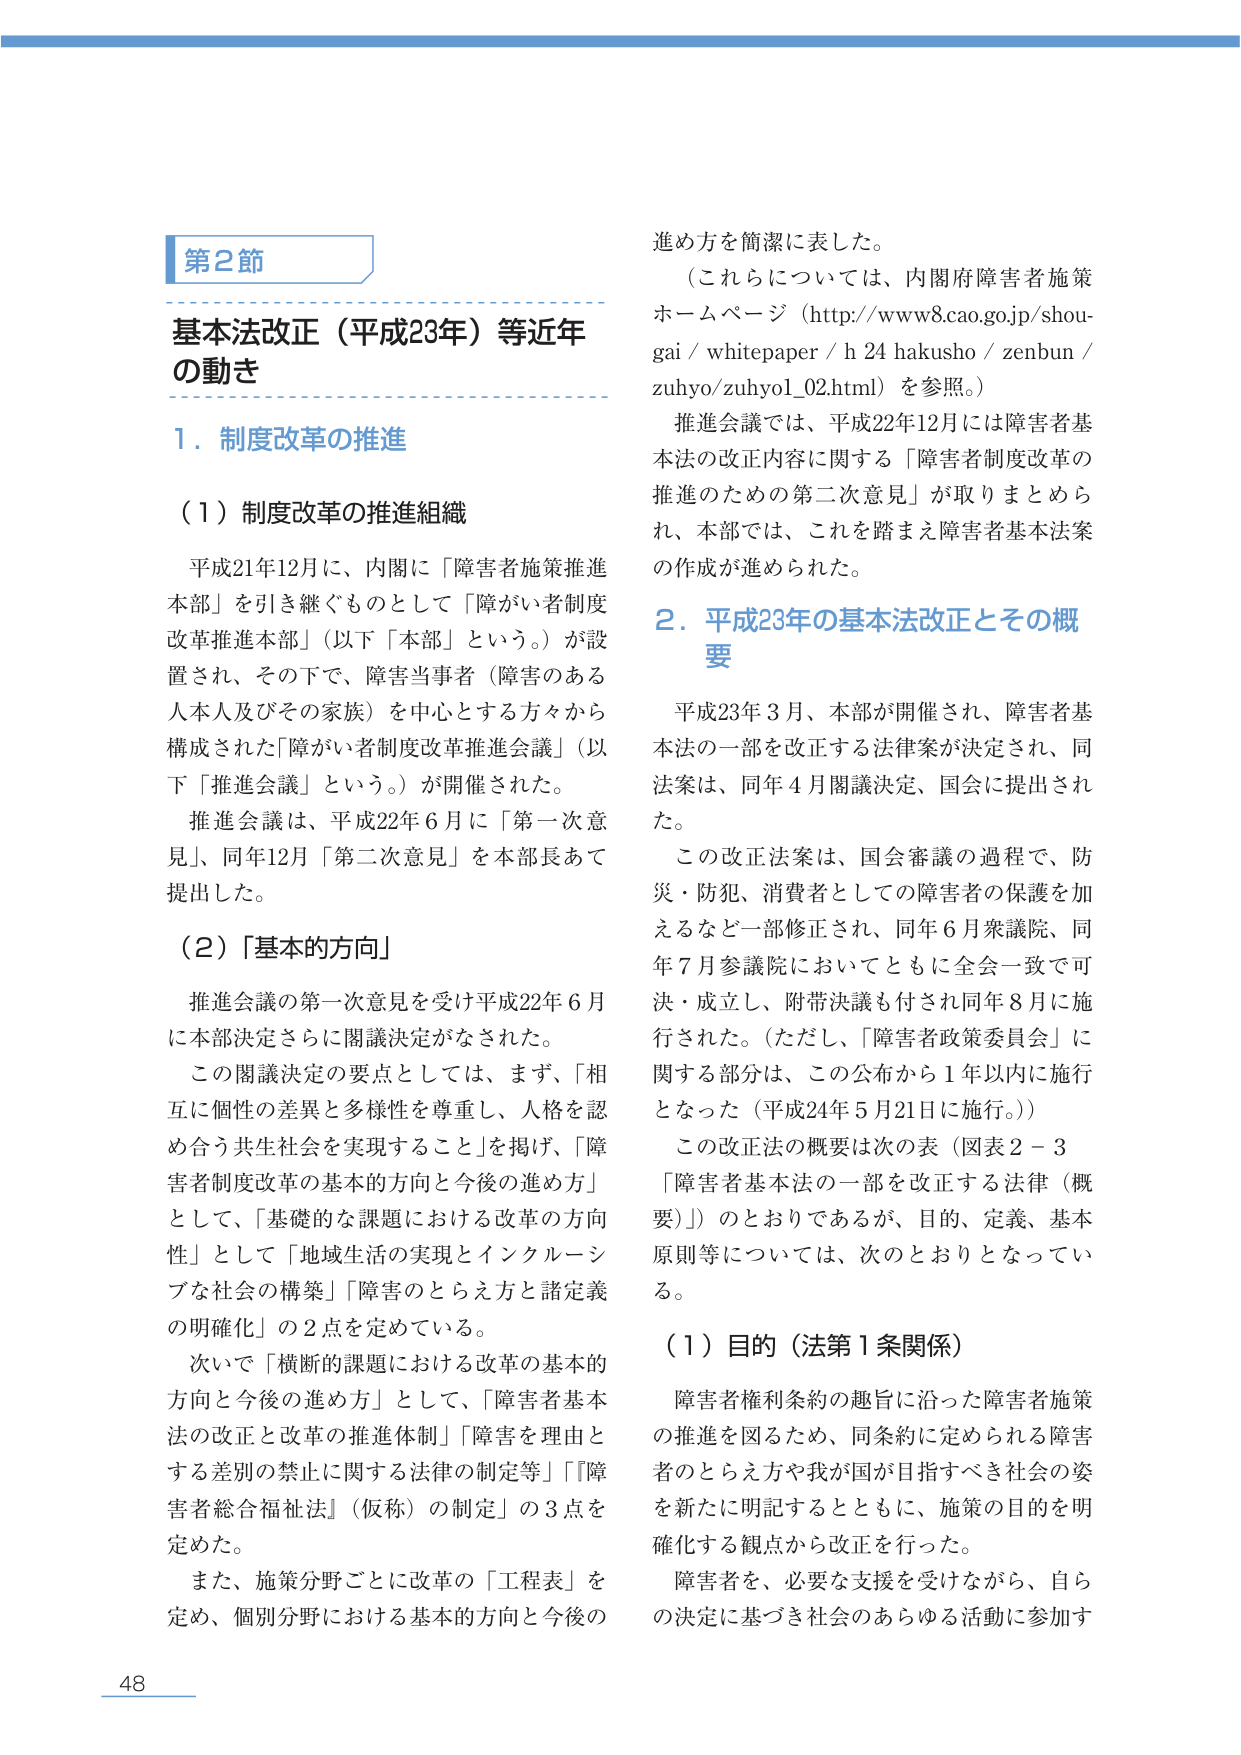
第2節
基本法改正（平成23年）等近年の動き

1．制度改革の推進

（1）制度改革の推進組織
平成21年12月に、内閣に「障害者施策推進本部」を引き継ぐものとして「障がい者制度改革推進本部」（以下「本部」という。）が設置され、その下で、障害当事者（障害のある人本人及びその家族）を中心とする方々から構成された「障がい者制度改革推進会議」（以下「推進会議」という。）が開催された。
推進会議は、平成22年6月に「第一次意見」、同年12月「第二次意見」を本部長あて提出した。

（2）「基本的方向」
推進会議の第一次意見を受け平成22年6月に本部決定さらに閣議決定がなされた。
この閣議決定の要点としては、まず、「相互に個性の差異と多様性を尊重し、人格を認め合う共生社会を実現すること」を掲げ、「障害者制度改革の基本的方向と今後の進め方」として、「基礎的な課題における改革の方向性」として「地域生活の実現とインクルーシブな社会の構築」「障害のとらえ方と諸定義の明確化」の2点を定めている。
次いで「横断的課題における改革の基本的方向と今後の進め方」として、「障害者基本法の改正と改革の推進体制」「障害を理由とする差別の禁止に関する法律の制定等」「障害者総合福祉法」（仮称）の制定」の3点を定めた。
また、施策分野ごとに改革の「工程表」を定め、個別分野における基本的方向と今後の進め方を簡潔に表した。
（これらについては、内閣府障害者施策ホームページ（http://www8.cao.go.jp/shougai/whitepaper/h24hakusho/zenbun/zuhyo/zuhyo1_02.html）を参照。）
推進会議では、平成22年12月には障害者基本法の改正内容に関する「障害者制度改革の推進のための第二次意見」が取りまとめられ、本部では、これを踏まえ障害者基本法案の作成が進められた。

2．平成23年の基本法改正とその概要
平成23年3月、本部が開催され、障害者基本法の一部を改正する法律案が決定され、同法案は、同年4月閣議決定、国会に提出された。
この改正法案は、国会審議の過程で、防災・防犯、消費者としての障害者の保護を加えるなど一部修正され、同年6月衆議院、同年7月参議院においてともに全会一致で可決・成立し、附帯決議も付され同年8月に施行された。（ただし、「障害者政策委員会」に関する部分は、この公布から1年以内に施行となった（平成24年5月21日に施行。））
この改正法の概要は次の表（図表2－3「障害者基本法の一部を改正する法律（概要）」）のとおりであるが、目的、定義、基本原則等については、次のとおりとなっている。

（1）目的（法第1条関係）
障害者権利条約の趣旨に沿った障害者施策の推進を図るため、同条約に定められる障害者のとらえ方や我が国が目指すべき社会の姿を新たに明記するとともに、施策の目的を明確化する観点から改正を行った。
障害者を、必要な支援を受けながら、自らの決定に基づき社会のあらゆる活動に参加す

48